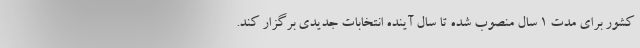
کشور برای مدت 1 سال منصوب شده تا سال آینده انتخابات جدیدی برگزار کند.